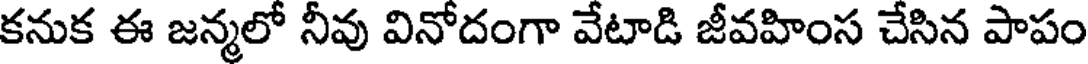
కనుక ఈ జన్మలో నీవు వినోదంగా వేటాడి జీవహింస చేసిన పాపం